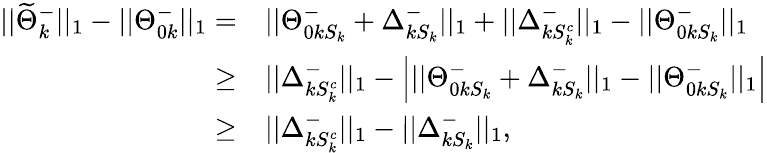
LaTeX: \begin{array}{rl}{||\widetilde{\Theta}_{k}^{-}||_{1}-||{\Theta}_{0k}^{-}||_{1}=}&{||{\Theta}_{0kS_{k}}^{-}+\Delta_{kS_{k}}^{-}||_{1}+||\Delta_{kS_{k}^{c}}^{-}||_{1}-||{\Theta}_{0kS_{k}}^{-}||_{1}}\\ {\geq}&{||\Delta_{kS_{k}^{c}}^{-}||_{1}-\Big|||{\Theta}_{0kS_{k}}^{-}+\Delta_{kS_{k}}^{-}||_{1}-||{\Theta}_{0kS_{k}}^{-}||_{1}\Big|}\\ {\geq}&{||\Delta_{kS_{k}^{c}}^{-}||_{1}-||\Delta_{kS_{k}}^{-}||_{1},}\end{array}